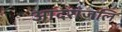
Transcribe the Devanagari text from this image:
आदरांजलि